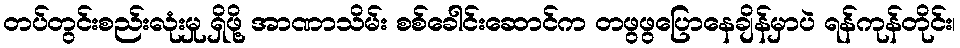
တပ်တွင်းစည်းလုံးမှု ရှိဖို့ အာဏာသိမ်း စစ်ခေါင်းဆောင်က တဖွဖွပြောနေချိန်မှာပဲ ရန်ကုန်တိုင်း၊